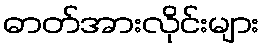
ဓာတ်အားလိုင်းများ